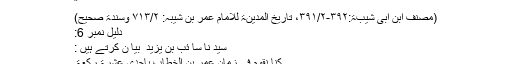
”
(مصنف ابن ابی شیبۃ:۳۹۲-۳۹۱/۲، تاریخ المدینۃ للامام عمر بن شیبہ: ۷۱۳/۲ وسندۃ صحیح)
دلیل نمبر 6:
سید نا سا ئب بن یزید ؓ بیا ن کرتے ہیں :
کنّا نقوم فی زمان عمر بن الخطّاب باحدی عشرۃ رکعۃ۔